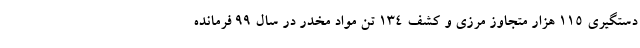
دستگیری 115 هزار متجاوز مرزی و کشف 134 تن مواد مخدر در سال 99 فرمانده